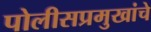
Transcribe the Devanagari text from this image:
पोलीसप्रमुखांचे